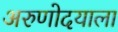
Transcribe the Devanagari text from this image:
अरुणोदयाला